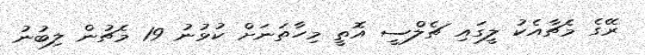
ރޭގެ މެޗާއެކު ލީގައި ޗެލްސީ އޮތީ މިހާތަނަށް ކުޅުނު 19 މެޗުން ލިބުނު